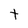
Character: t